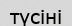
түсіні